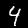
Digit: 4